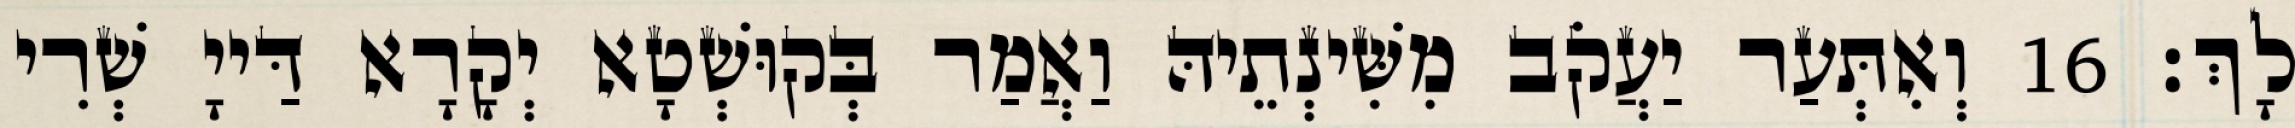
לָךְ׃ 16 וְאִתְּעַר יַעֲקֹב מִשִּׁינְתֵיהּ וַאֲמַר בְּקוּשְׁטָא יְקָרָא דַּייָ שְׁרִי